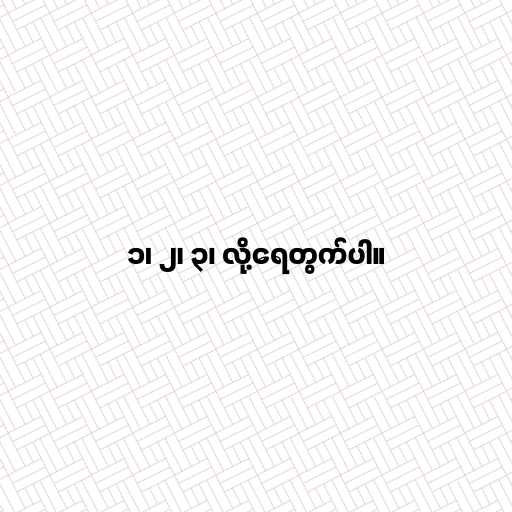
၁၊ ၂၊ ၃၊ လို့ရေတွက်ပါ။